Lunatic asylums Central Provinces reports 1874-1885 - 1874-1885
Year: 1874
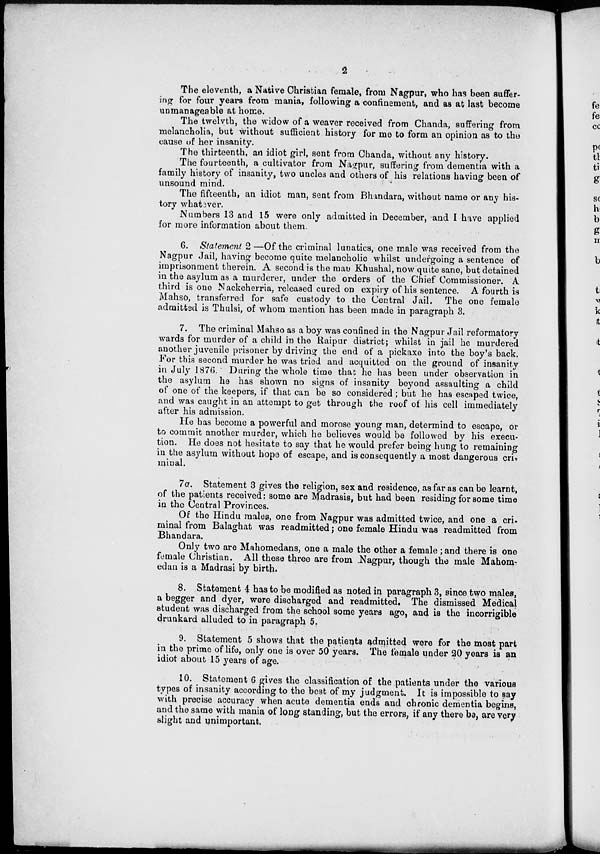
2
The eleventh, a Native Christian female, from Nagpur, who has been suffer-
ing for four years from mania, following a confinement, and as at last become
unmanageable at home.
The twelvth, the widow of a weaver received from Chanda, suffering from
melancholia, but without sufficient history for me to form an opinion as to the
cause of her insanity.
The thirteenth, an idiot girl, sent from Chanda, without any history.
The fourteenth, a cultivator from Nagpur, suffering from dementia with a
family history of insanity, two uncles and others of his relations having been of
unsound mind.
The fifteenth, an idiot man, sent from Bhandara, without name or any his-
tory whatever.
Numbers 13 and 15 were only admitted in December, and I have applied
for more information about them.
6. Statement 2 —Of the criminal lunatics, one male was received from the
Nagpur Jail, having become quite melancholic whilst undergoing a sentence of
imprisonment therein. A second is the man Khushal, now quite sane, but detained
in the asylum as a murderer, under the orders of the Chief Commissioner. A.
third is one Nackcherria, released cured on expiry of his sentence. A fourth is
Mahso, transferred for safe custody to the Central Jail. The one female
admitted is Thulsi, of whom mention has been made in paragraph 3.
7. The criminal Mahso as a boy was confined in the Nagpur Jail reformatory
wards for murder of a child in the Raipur district; whilst in jail he murdered
another juvenile prisoner by driving the end of a pickaxe into the boy's back,
For this second murder he was tried and acquitted on the ground of insanity
in July 1876. During the whole time that he has been under observation in
the asylum he has shown no signs of insanity beyond assaulting a child
of one of the keepers, if that can be so considered; but he has escaped twice,
and was caught in an attempt to get through the roof of his cell immediately
after his admission.
He has become a powerful and morose young man, determind to escape, or
to commit another murder, which he believes would be followed by his execu-
tion. He does not hesitate to say that he would prefer being hung to remaining
in the asylum without hope of escape, and is consequently a most dangerous cri-
minal.
7a. Statement 3 gives the religion, sex and residence, as far as can be learnt,
of the patients received: some are Madrasis, but had been residing for some time
in the Central Provinces.
Of the Hindu males, one from Nagpur was admitted twice, and one a cri-
minal from Balaghat was readmitted; one female Hindu was readmitted from
Bhandara.
Only two are Mahomedans, one a male the other a female ; and there is one
female Christian. All these three are from Nagpur, though the male Mahom-
edan is a Madrasi by birth.
8. Statement 4 has to be modified as noted in paragraph 3, since two males,
a begger and dyer, were discharged and readmitted. The dismissed Medical
student was discharged from the school some years ago, and is the incorrigible
drunkard alluded to in paragraph 5.
9. Statement 5 shows that the patients admitted were for the most part
in the prime of life, only one is over 50 years. The female under 20 years is an
idiot about 15 years of age.
10. Statement 6 gives the classification of the patients under the various
types of insanity according to the best of my judgment. It is impossible to say
with precise accuracy when acute dementia ends and chronic dementia begins,
and the same with mania of long standing, but the errors, if any there be, are very
slight and unimportant.